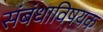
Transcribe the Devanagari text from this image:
संबंधाविषयक